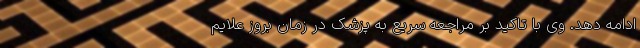
ادامه دهد. وی با تاکید بر مراجعه سریع به پزشک در زمان بروز علایم